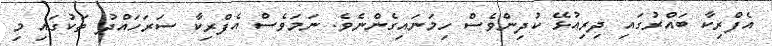
އެފްރިކާ ބައްރުގައި ދިިރިއުޅޭ ކުދިންވެސް ހިމަނައިގެންނެވެ. ނަމަވެސް އެފްރިކާ ސަރަހައްދު ތަކުގައި މި